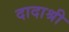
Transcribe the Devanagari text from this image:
दादाश्री